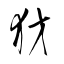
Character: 犲